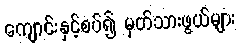
ကျောင်းနှင့်စပ်၍ မှတ်သားဖွယ်များ